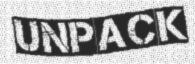
UNPACK